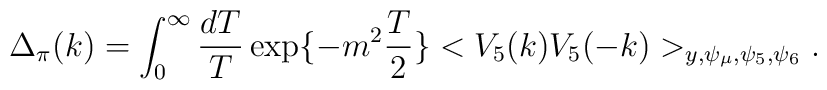
\Delta_{\pi}(k)  =  \int_{0}^{\infty} \frac{ d T}{T} \exp \{     -m^{2}\frac{T}{2} \}     < V_{5}(k) V_{5}(-k) >_{y, \psi_{\mu}, \psi_{5}, \psi_{6}}.